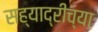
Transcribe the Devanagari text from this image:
सह्याद्रीच्‍या